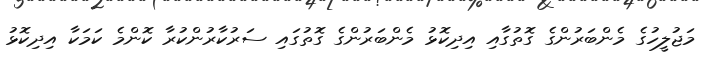
މަޖުލީހުގެ މެންބަރުންގެ ގޮތުގާއި އިދިކޮޅު މެންބަރުންގެ ގޮތުގައި ސަރުކާރުންކުރާ ކޮންމެ ކަމަކާ އިދިކޮޅު